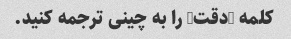
کلمه "دقت" را به چینی ترجمه کنید.